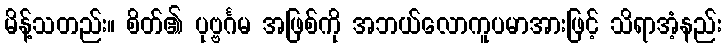
မိန့်သတည်း။ စိတ်၏ ပုဗ္ဗင်္ဂမ အဖြစ်ကို အဘယ်လောကူပမာအားဖြင့် သိရာအံ့နည်း